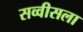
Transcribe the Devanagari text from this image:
सव्वीसला